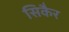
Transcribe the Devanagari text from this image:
सिकैर